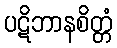
ပဋိဘာနစိတ္တံ